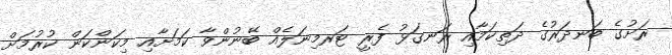
ރަށުގެ ބަނދަރުގެ ދަތިކަމާއި ރަނގަޅު ފެރީ ޓަރމިނަލެއް ބޭނުންވާ ކަމަށާއި މިކަންކަން ކުރުމަށް